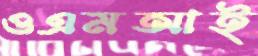
ওএমআই